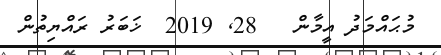
މުޙައްމަދު އީމާން   28